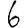
Digit: 6